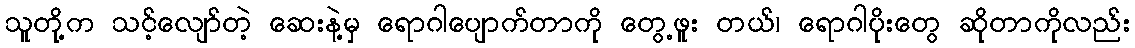
သူတို့က သင့်လျော်တဲ့ ဆေးနဲ့မှ ရောဂါပျောက်တာကို တွေ့ဖူး တယ်၊ ရောဂါပိုးတွေ ဆိုတာကိုလည်း